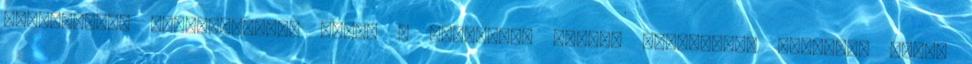
ízesítenek, illatosítanak vele. A mentaolaj illata intenzíven frissít, ezért